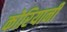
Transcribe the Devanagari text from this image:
कोरियानी